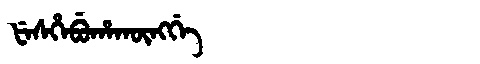
Manchu: ᡶᡝᠰᡥᡝᠪᡠᡥᠠᡴᡡᠩᡤᡝ
Romanization: FESHEBUHAKŪNGGE